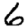
Digit: 6